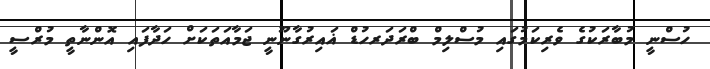
ހުސްނީ މުބާރަކުގެ ވެރިކަމުގައި މުސްލިމް ބްރަދަރހުޑް ޣައިރުގާނޫނީ ޖަމާއަތަކަށް ހަދާފައި އޮންނާތީ މުރްސީ